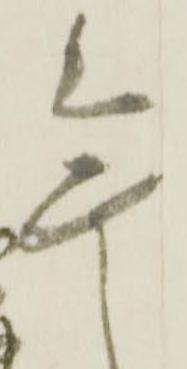
無